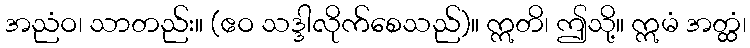
အညံဝ၊ သာတည်း။ (ဧဝ သဒ္ဒါလိုက်စေသည်)။ ဣတိ၊ ဤသို့။ ဣမံ အတ္ထံ၊